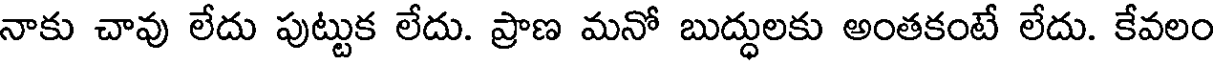
నాకు చావు లేదు పుట్టుక లేదు. ప్రాణ మనో బుద్ధులకు అంతకంటే లేదు. కేవలం